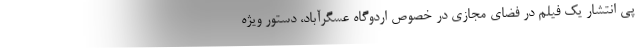
پی انتشار یک فیلم در فضای مجازی در خصوص اردوگاه عسگرآباد، دستور ویژه